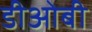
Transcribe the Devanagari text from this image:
डीओबी